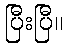
ပြီးပြီ။